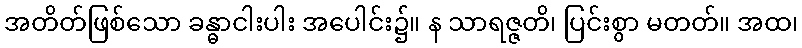
အတိတ်ဖြစ်သော ခန္ဓာငါးပါး အပေါင်း၌။ န သာရဇ္ဇတိ၊ ပြင်းစွာ မတတ်။ အထ၊